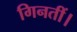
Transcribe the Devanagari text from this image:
गिनतीं।